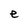
Character: e